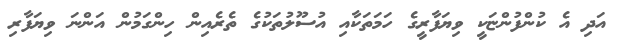
އަދި އެ ކުންފުންޏަކީ ވިޔަފާރީގެ ހަމަތަކާއި އުސޫލުތަކުގެ ތެރެއިން ހިންގަމުން އަންނަ ވިޔަފާރި